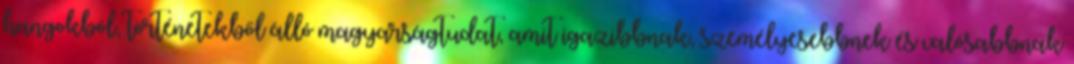
hangokból, történetekből álló magyarságtudat, amit igazibbnak, személyesebbnek és valósabbnak